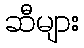
ဆီများ